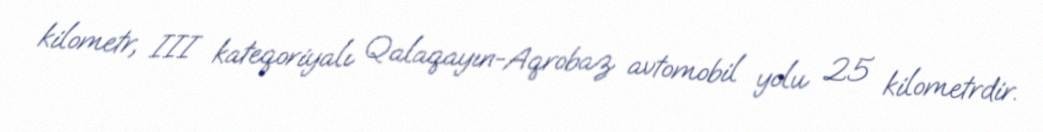
kilometr, III kateqoriyalı Qalaqayın-Aqrobaz avtomobil yolu 25 kilometrdir.